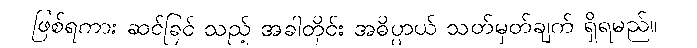
ဖြစ်ရကား ဆင်ခြင် သည့် အခါတိုင်း အဓိပ္ပာယ် သတ်မှတ်ချက် ရှိရမည်။